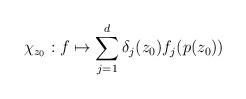
LaTeX: \begin{align*}\chi_{z_0} : f\mapsto \sum_{j=1}^d \delta_j(z_0) f_j(p(z_0))\end{align*}